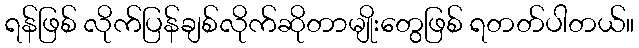
ရန်ဖြစ် လိုက်ပြန်ချစ်လိုက်ဆိုတာမျိုးတွေဖြစ် ရတတ်ပါတယ်။